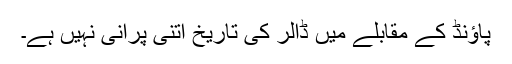
پاؤنڈ کے مقابلے میں ڈالر کی تاریخ اتنی پرانی نہیں ہے۔